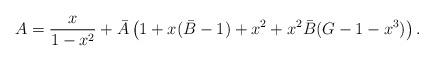
LaTeX: \begin{align*}A = \frac{x}{1-x^2} + \bar{A} \left( 1 + x(\bar{B}-1) + x^2 + x^2\bar{B}(G-1-x^3) \right).\end{align*}